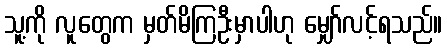
သူ့ကို လူတွေက မှတ်မိကြဦးမှာပါဟု မျှော်လင့်ရသည်။